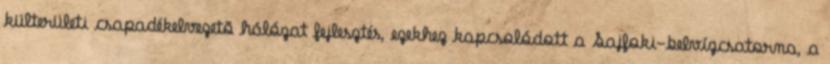
külterületi csapadékelvezetõ hálózat fejlesztés, ezekhez kapcsolódott a Sajfoki-belvízcsatorna, a